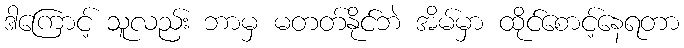
ဒါကြောင့် သူလည်း ဘာမှ မတတ်နိုင်ဘဲ အိမ်မှာ ထိုင်စောင့်နေရတာ